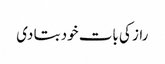
راز کی بات خود بتا دی